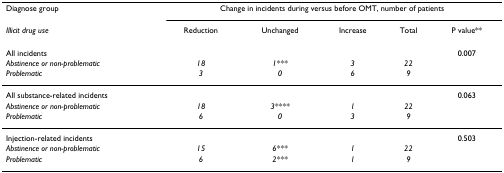
<table><thead><tr><td><b>Diagnose group</b></td><td colspan="5"><b>Change in incidents during versus before OMT, number of patients</b></td></tr><tr><td><b><i>Illicit drug use</i></b></td><td><b>Reduction</b></td><td><b>Unchanged</b></td><td><b>Increase</b></td><td><b>Total</b></td><td><b>P value**</b></td></tr></thead><tbody><tr><td>All incidents</td><td></td><td></td><td></td><td></td><td>0.007</td></tr><tr><td><i>Abstinence or non-problematic</i></td><td><i>18</i></td><td><i>1***</i></td><td><i>3</i></td><td><i>22</i></td><td></td></tr><tr><td><i>Problematic</i></td><td><i>3</i></td><td><i>0</i></td><td><i>6</i></td><td><i>9</i></td><td></td></tr><tr><td>All substance-related incidents</td><td></td><td></td><td></td><td></td><td>0.063</td></tr><tr><td><i>Abstinence or non-problematic</i></td><td><i>18</i></td><td><i>3****</i></td><td><i>1</i></td><td><i>22</i></td><td></td></tr><tr><td><i>Problematic</i></td><td><i>6</i></td><td><i>0</i></td><td><i>3</i></td><td><i>9</i></td><td></td></tr><tr><td>Injection-related incidents</td><td></td><td></td><td></td><td></td><td>0.503</td></tr><tr><td><i>Abstinence or non-problematic</i></td><td><i>15</i></td><td><i>6***</i></td><td><i>1</i></td><td><i>22</i></td><td></td></tr><tr><td><i>Problematic</i></td><td><i>6</i></td><td><i>2***</i></td><td><i>1</i></td><td><i>9</i></td><td></td></tr></tbody></table>